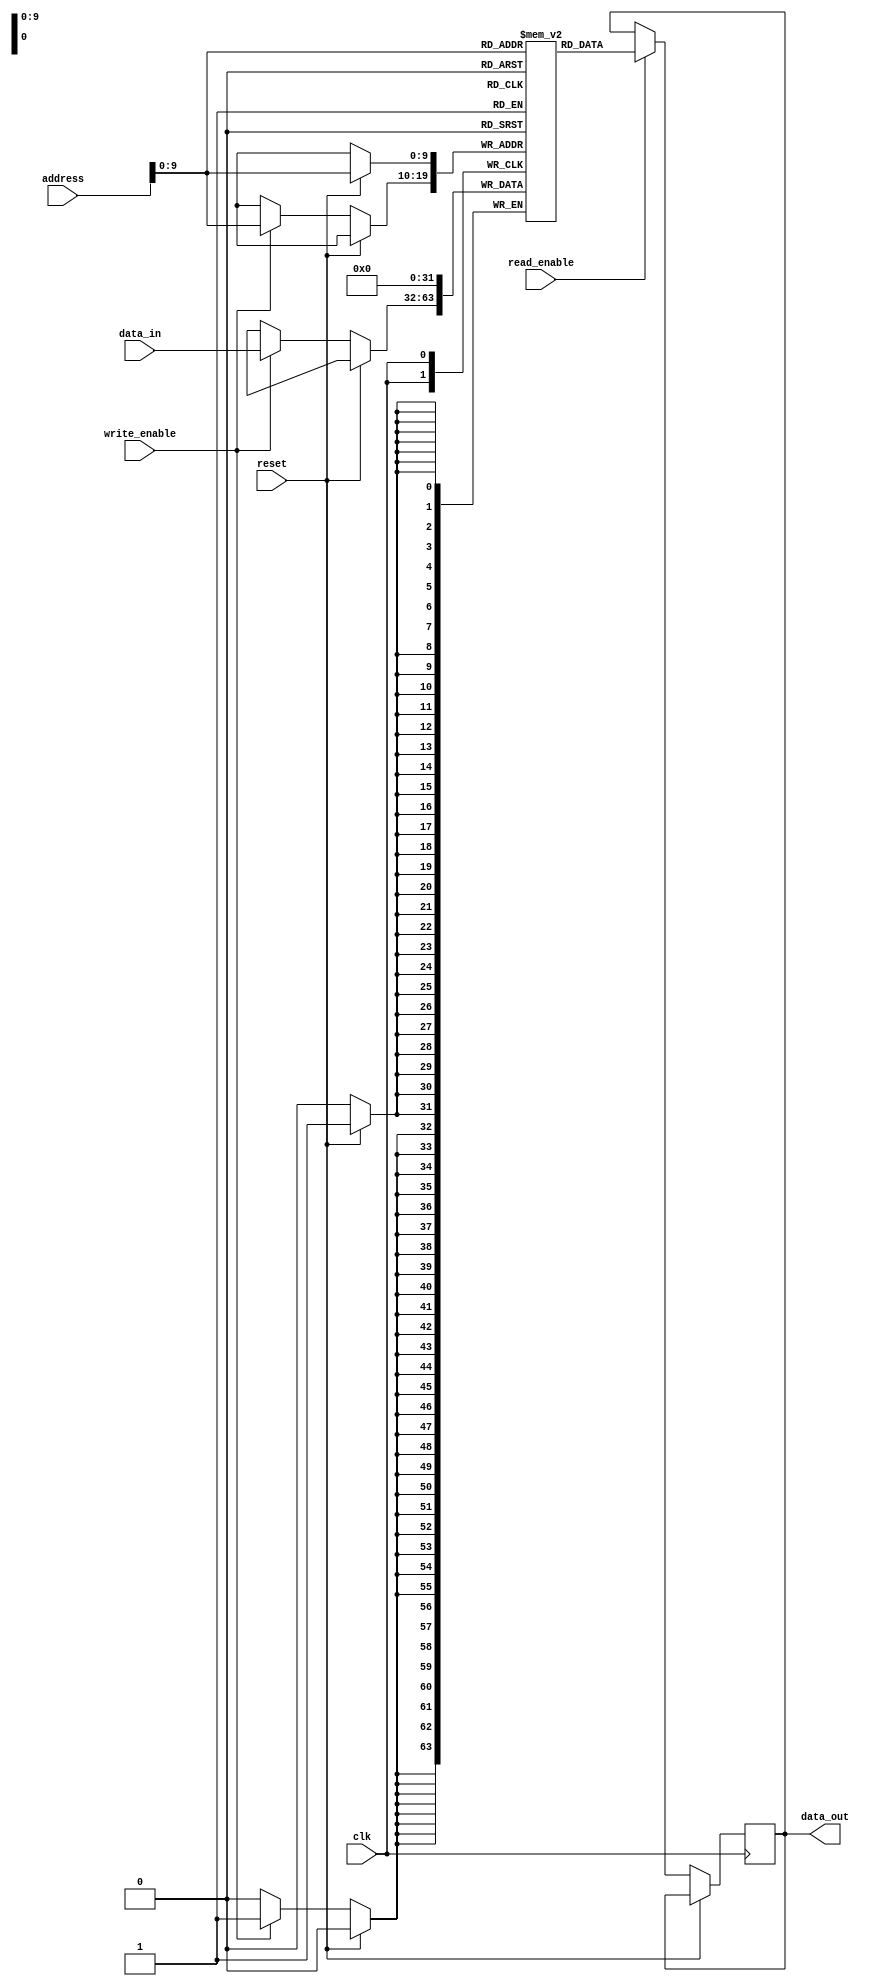
module MemoryBlocks_RLDRAM (
    input wire clk,
    input wire reset,
    input wire write_enable,
    input wire read_enable,
    input wire [31:0] address,
    input wire [31:0] data_in,
    output wire [31:0] data_out
);

// Controller for writing and reading data
reg [31:0] memory [0:1023];

always @(posedge clk) begin
    if (reset) begin
        memory[address] <= 32'h00000000;
    end else begin
        if (write_enable) begin
            memory[address] <= data_in;
        end
        if (read_enable) begin
            data_out <= memory[address];
        end
    end
end

// Address and data buses
reg [31:0] address_bus;
reg [31:0] data_bus;

// Burst mode operations
always @(posedge clk) begin
    // Implement burst mode operations here
end

// Address mapping and refresh algorithms
always @(posedge clk) begin
    // Implement address mapping and refresh algorithms here
end

endmodule